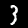
Digit: 3